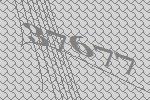
37677